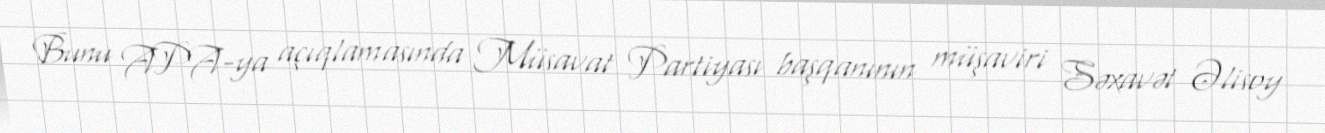
Bunu APA-ya açıqlamasında Müsavat Partiyası başqanının müşaviri Səxavət Əlisoy